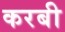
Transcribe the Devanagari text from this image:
करबी